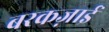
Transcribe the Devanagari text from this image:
बरकज़ाई